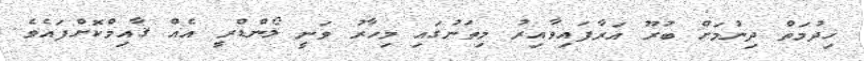
ޚިދުމަތް ދިނުމަށް ބުރޫ އަރާފައިވާއިރު މިތަނުގައި މިހާރު ވަނީ ލޯންޑްރީ އެއް ޤާއިމްކޮށްފައެވެ.